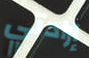
إرادتي